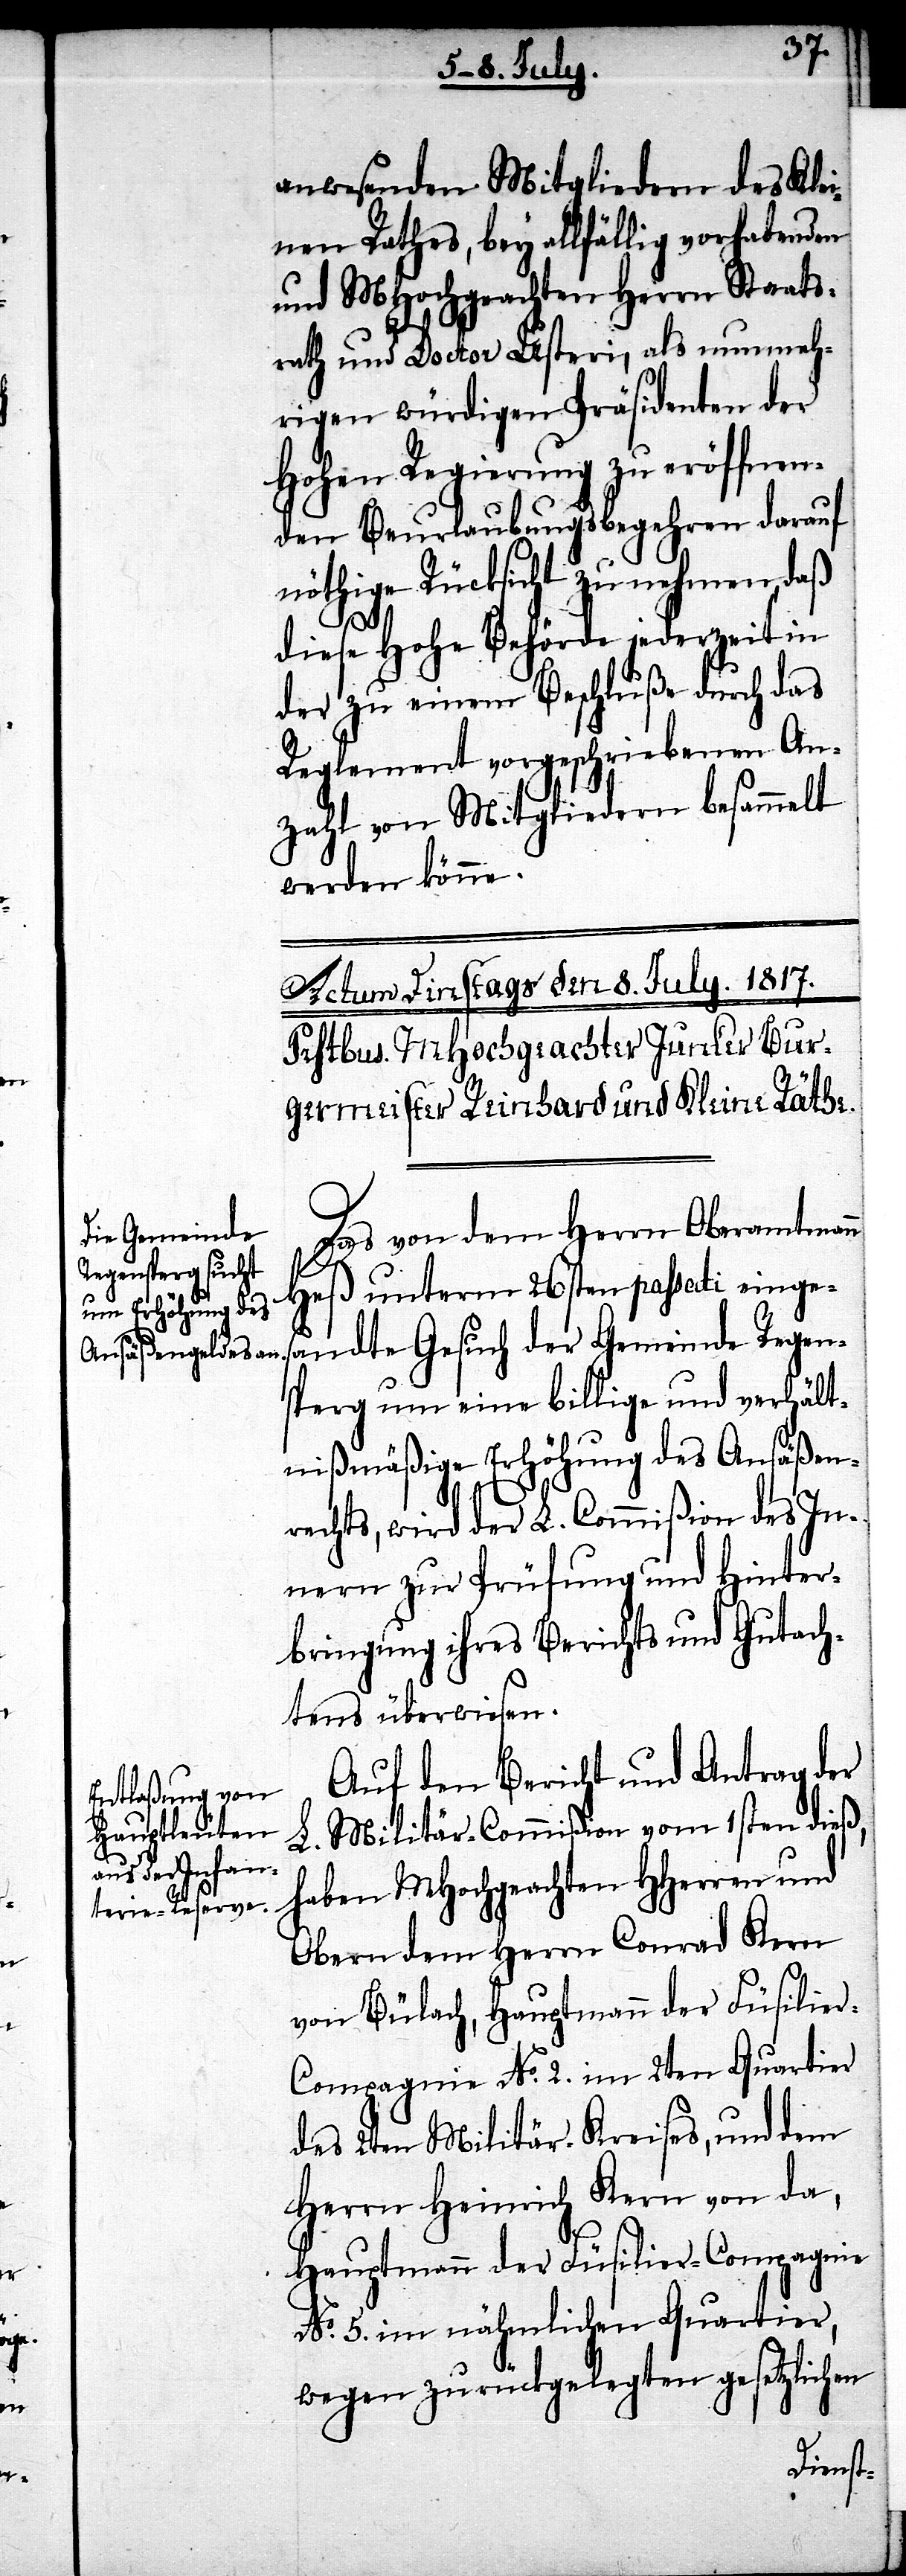
anwesenden Mitgliedern des Klei¬
nen Rathes, bey allfällig vorhabenden
und MHochgeachten Herrn Staats¬
rath und Doctor Usteri, als nunmeh¬
rigen würdigen Präsidenten der
hohen Regierung zu eröffnen¬
den Beurlaubungsbegehren darauf
nöthige Rücksicht zu nehmen, daß
diese hohe Behörde jederzeit in
der zu einem Beschluße durch das
Reglement vorgeschriebenen An¬
zahl von Mitgliedern besammelt
werden könne.
Das von dem Herrn Oberamtmann
Heß unterm 26sten passati einges¬
andte Gesuch der Gemeinde Regen¬
sperg um eine billige und verhält¬
nißmäßige Erhöhung des Ansäßen¬
rechts, wird der L. Commißion des In¬
nern zur Prüfung und Hinter¬
bringung ihres Berichts und Gutach¬
tens überwiesen.
Auf den Bericht und Antrag der
L. Militär-Commißion vom 1sten dieß,
haben MHochgeachten HHerren und
Obern dem Herrn Conrad Kern
von Bülach, Hauptmann der Füsilie¬
r-Compagnie No. 2. im 2ten Quartier
des 2ten Militär-Kreises, und dem
Herrn Heinrich Kern von da,
Hauptmann der Füsilier-Compagnie
No. 5. im nähmlichen Quartier,
wegen zurückgelegten gesetzlichen